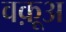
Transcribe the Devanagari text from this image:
वक़ूअ